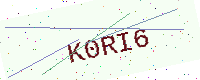
Text: K0RI6